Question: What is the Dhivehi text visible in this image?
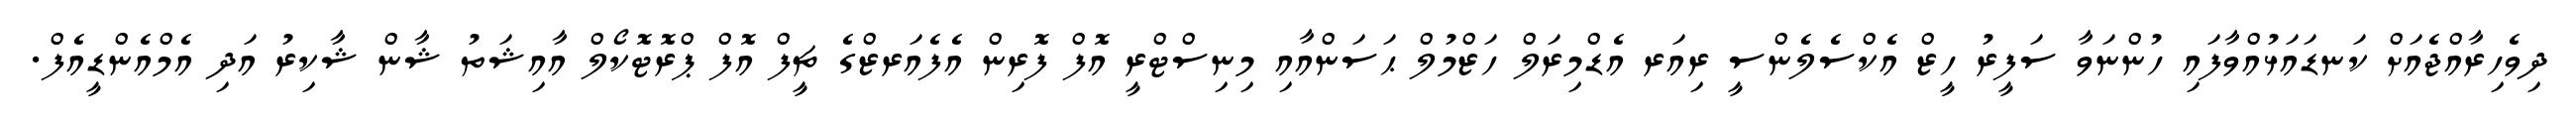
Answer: ދިވެހިރާއްޖެއަށް ކަނޑައަޅުއްވާފައި ހުންނަވާ ސަފީރު ހީޒް އެކްސެލެންސީ ރިއަރ އެޑްމިރަލް ހަޒްމުލް ޙަސަންއާއި މިނިސްޓްރީ އޮފް ފޮރިން އެފެއަރޒްގެ ޗީފް އޮފް ޕްރޮޓޮކޯލް އާއިޝަތު ޝާން ޝާކިރު އަދި އެމްއެންޑީއެފް.